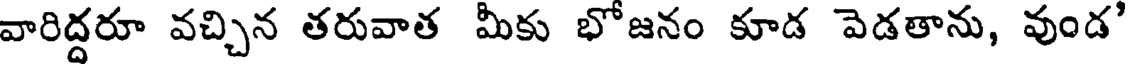
వారిద్దరూ వచ్చిన తరువాత మీకు భోజనం కూడ వెడతాను, వుండ